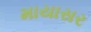
માયાસર